Source: Handwritten
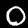
Digit: ၀ (0)